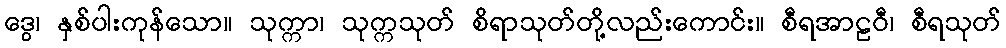
ဒွေ၊ နှစ်ပါးကုန်သော။ သုက္ကာ၊ သုက္ကသုတ် စိရာသုတ်တို့လည်းကောင်း။ စီရအာဠဝီ၊ စီရသုတ်